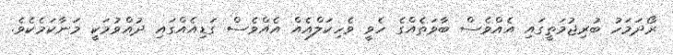
ރޯދަމަހު ބުރިޖުމަތީގައި އެއްވެސް ބާވަތެއްގެ ހެވީ ވެހިކަލްއެއް އެއްވެސް ގަޑިއެއްގައި ދުއްވުމަކީ މަނާކަމެކެވެ.